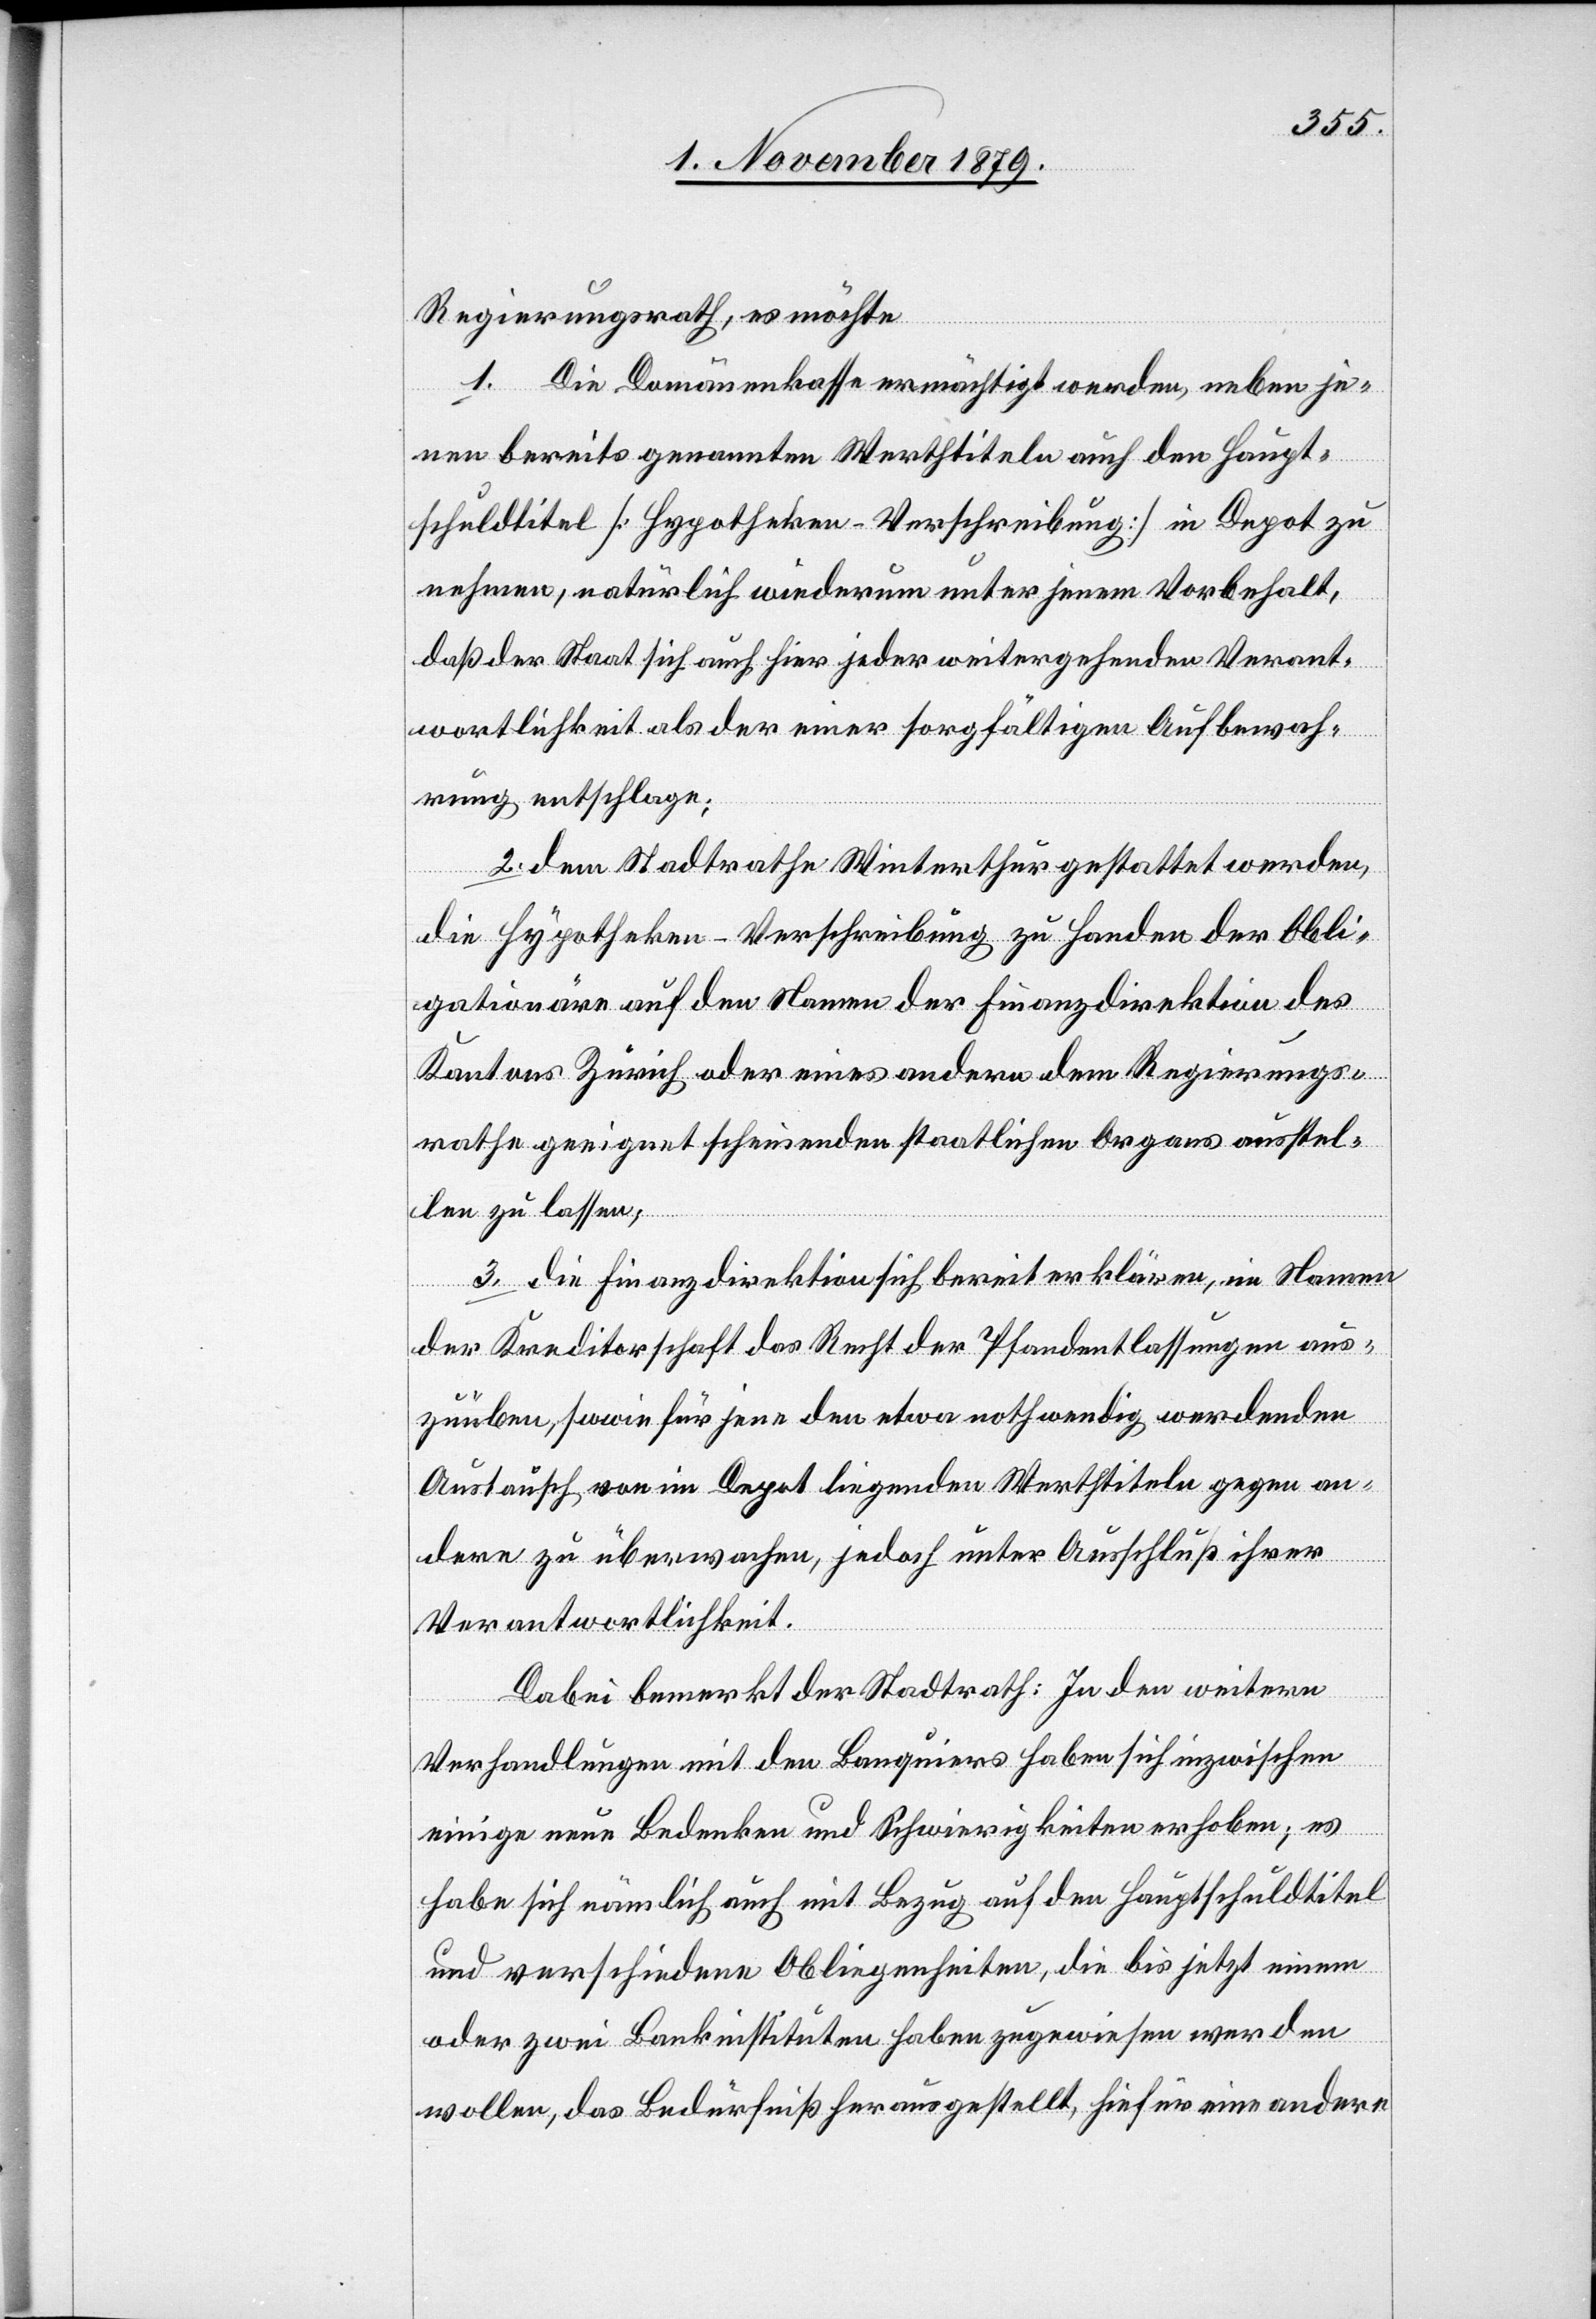
Regierungsrath, es möchte
1. die Domänenkasse ermächtigt werden, neben je¬
nen bereits genannten Werthtiteln auch den Haupt¬
schuldtitel [Hypotheken-Verschreibung] in Depot zu
nehmen, natürlich wiederum unter jenem Vorbehalt,
daß der Staat sich auch hier jeder weitergehenden Verant¬
wortlichkeit als der einer sorgfältigen Aufbewah¬
rung entschlage;
2. dem Stadtrathe Winterthur gestattet werden,
die Hypotheken-Verschreibung zu Handen der Obli¬
gationäre auf den Namen der Finanzdirektion des
Kantons Zürich oder eines andern dem Regierungs¬
rath geeignet scheinenden staatlichen Organs ausstel¬
len zu lassen.
3. die Finanzdirektion sich bereit erkläre, im Namen
der Kreditorschaft das Recht der Pfandentlassungen aus¬
zuüben, sowie für jene den etwa nothwendig werdenden
Austausch von im Depot liegenden Werthtiteln gegen an¬
dere zu überwachen, jedoch unter Ausschluß ihrer
Verantwortlichkeit.
Dabei bemerkt der Stadtrath: In den weitern
Verhandlungen mit den Banquiers haben sich inzwischen
einige neue Bedenken und Schwierigkeiten erhoben; es
habe sich nämlich auch mit Bezug auf den Hauptschuldtitel
und verschiedenen Obliegenheiten, die bis jetzt einem
oder zwei Bankinstituten haben zugewiesen werden
wollen, das Bedürfniß herausgestellt, hiefür eine andere